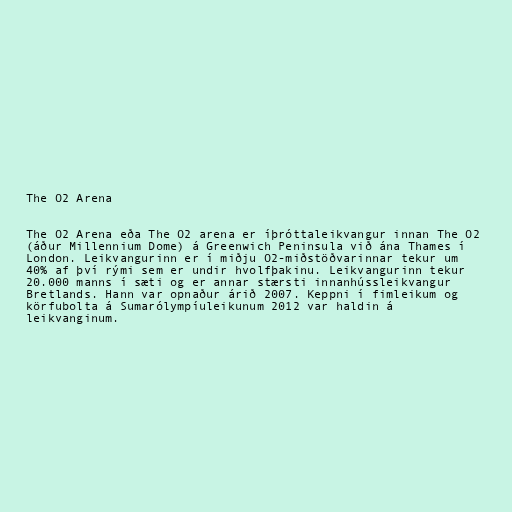
The O2 Arena

The O2 Arena eða The O2 arena er íþróttaleikvangur innan The O2
(áður Millennium Dome) á Greenwich Peninsula við ána Thames í
London. Leikvangurinn er í miðju O2-miðstöðvarinnar tekur um
40% af því rými sem er undir hvolfþakinu. Leikvangurinn tekur
20.000 manns í sæti og er annar stærsti innanhússleikvangur
Bretlands. Hann var opnaður árið 2007. Keppni í fimleikum og
körfubolta á Sumarólympíuleikunum 2012 var haldin á
leikvanginum.